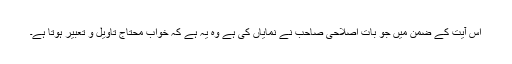
اس آیت کے ضمن میں جو بات اصلاحی صاحب نے نمایاں کی ہے وہ یہ ہے کہ خواب محتاج تاویل و تعبیر ہوتا ہے۔